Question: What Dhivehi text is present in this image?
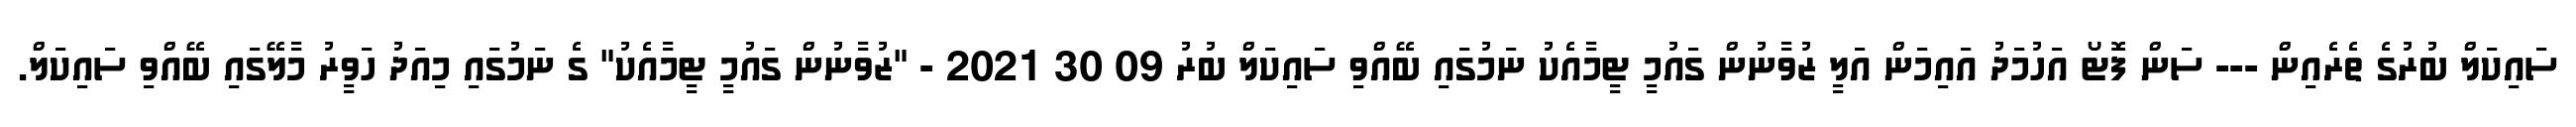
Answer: ސައިކަލް ބުރުގެ ތެރެއިން --- ސަން ފޮޓޯ އަހުމަދު އައިމަން އަލީ ޒުވާނުން ގައުމީ ޓީމާއެކު ނަމުގައި ބޭއްވި ސައިކަލް ބުރު 09 30 2021 - "ޒުވާނުން ގައުމީ ޓީމާއެކު" ގެ ނަމުގައި މިއަދު ހަވީރު މާލޭގައި ބޭއްވި ސައިކަލް.